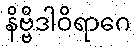
နိဗ္ဗိဒါဝိရာဂေ